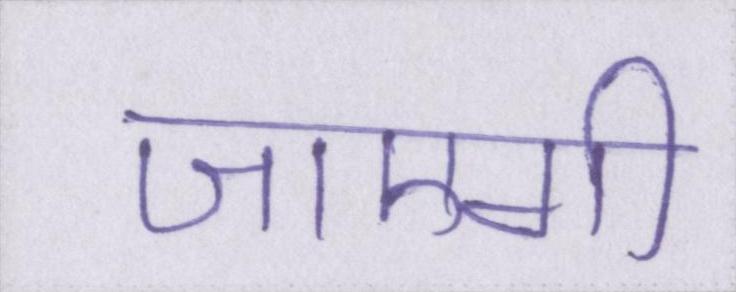
जाएगी